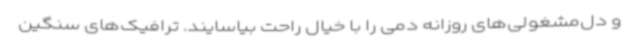
و دل‌مشغولی‌های روزانه دمی را با خیال راحت بیاسایند. ترافیک‌های سنگین